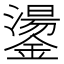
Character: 𮣋